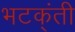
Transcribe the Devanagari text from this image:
भटक्ंती